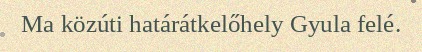
Ma közúti határátkelőhely Gyula felé.